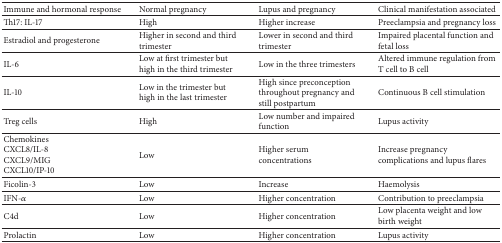
<table><thead><tr><td><b>Immune and hormonal response</b></td><td><b>Normal pregnancy</b></td><td><b>Lupus and pregnancy</b></td><td><b>Clinical manifestation associated </b></td></tr></thead><tbody><tr><td>Th17: IL-17</td><td>High</td><td>Higher increase</td><td>Preeclampsia and pregnancy loss</td></tr><tr><td>Estradiol and progesterone</td><td>Higher in second and third trimester</td><td>Lower in second and third trimester</td><td>Impaired placental function and fetal loss</td></tr><tr><td>IL-6</td><td>Low at first trimester but high in the third trimester</td><td>Low in the three trimesters</td><td>Altered immune regulation from T cell to B cell</td></tr><tr><td>IL-10</td><td>Low in the trimester but high in the last trimester</td><td>High since preconception throughout pregnancy and still postpartum</td><td>Continuous B cell stimulation</td></tr><tr><td>Treg cells </td><td>High</td><td>Low number and impaired function</td><td>Lupus activity</td></tr><tr><td>Chemokines CXCL8/IL-8CXCL9/MIGCXCL10/IP-10</td><td>Low</td><td>Higher serum concentrations</td><td>Increase pregnancy complications and lupus flares</td></tr><tr><td>Ficolin-3</td><td>Low</td><td>Increase</td><td>Haemolysis</td></tr><tr><td>IFN-<i>α</i></td><td>Low</td><td>Higher concentration</td><td>Contribution to preeclampsia</td></tr><tr><td>C4d</td><td>Low </td><td>Higher concentration</td><td>Low placenta weight and low birth weight</td></tr><tr><td>Prolactin</td><td>Low</td><td>Higher concentration</td><td>Lupus activity</td></tr></tbody></table>